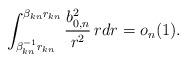
LaTeX: \begin{align*}\int_{\beta_{kn}^{-1}r_{kn}}^{\beta_{kn}r_{kn}}\frac{b^2_{0,n}}{r^2}\,rdr=o_n(1).\end{align*}